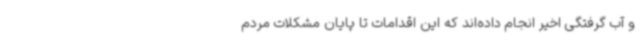
و آب گرفتگی اخیر انجام داده‌اند که این اقدامات تا پایان مشکلات مردم